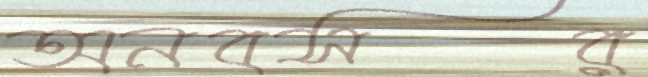
অনবসর